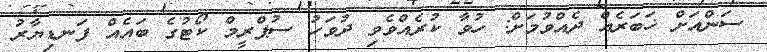
ސަންއަށް ޚަބަރެއް ދެއްވުމަށް: ހުވާ ކުރެއްވެވި ދުވަހު ސުޕްރީމް ކޯޓުގެ ބައެއް ފަނޑިޔާރު